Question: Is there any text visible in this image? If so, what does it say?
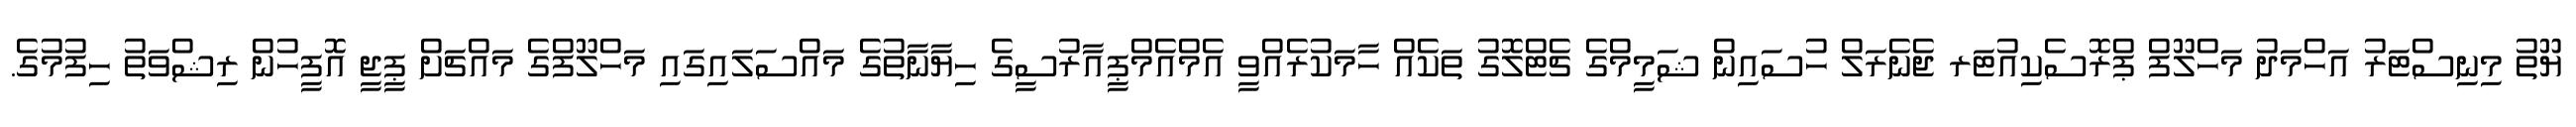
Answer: ޔޫތު މިނިސްޓަރު އަހްމަދު މަހްލޫފް ޕްރޮސެކިއުޓަރ ޖެނެރަލް ހުސައިން ޝަމީމްގެ ޗެޓްލޮގު ތަކެއް ހާމަކުރެއްވީ އެމްއެމްޕީއާރުސީގެ ހިޔާނާތުގެ މައްސަލައިގައި މަހްލޫފްގެ މައްޗަށް ޕީޖީ އޮފީހުން ރިޝްވަތު ހިފުމުގެ.